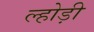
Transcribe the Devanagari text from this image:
ल्होड़ी